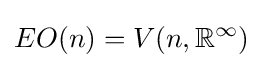
EO(n)=V(n,\mathbb {R} ^{\infty })